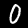
Digit: 0